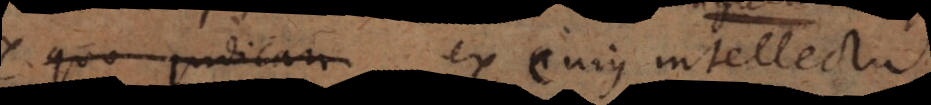
quo judicari ex cujus intellectu